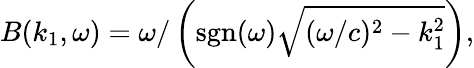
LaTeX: \begin{array}{r}{B(k_{1},\omega)=\omega/\left(\textrm{sgn}(\omega)\sqrt{(\omega/c)^{2}-k_{1}^{2}}\right),}\end{array}